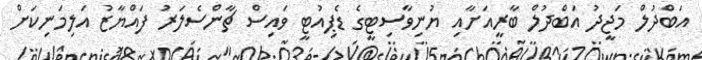
އަބްދުލް މަޖީދު އަބްދުލް ބާރީއަށާއި ޔުނިވާސިޓީގެ ޑެޕިއުޓީ ވައިސް ޗާންސެލަރު ފައްޔާޒު އަލިމަނިކަށް